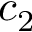
c _ { 2 }